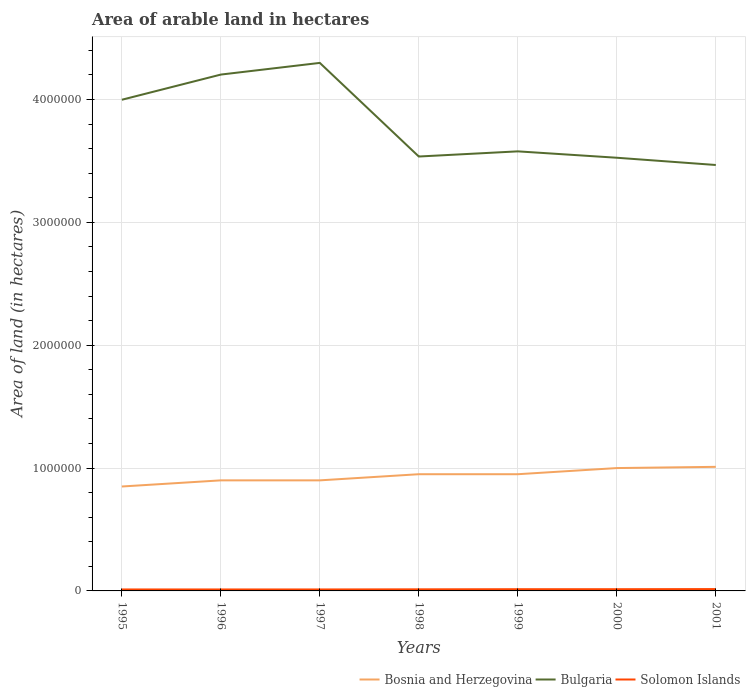
| Years | Bosnia and Herzegovina | Bulgaria | Solomon Islands |
 | --- | --- | --- | --- |
 | 1995 | 8.5e+05 | 4e+06 | 1.2e+04 |
 | 1996 | 9e+05 | 4.2e+06 | 1.2e+04 |
 | 1997 | 9e+05 | 4.3e+06 | 1.2e+04 |
 | 1998 | 9.5e+05 | 3.54e+06 | 1.3e+04 |
 | 1999 | 9.5e+05 | 3.58e+06 | 1.4e+04 |
 | 2000 | 1e+06 | 3.53e+06 | 1.4e+04 |
 | 2001 | 1.01e+06 | 3.47e+06 | 1.5e+04 |